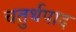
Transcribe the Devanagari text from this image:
चतुर्थपाद